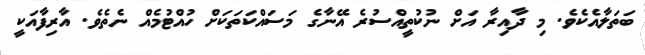
ބަތަލާއެކެވެ. މި ދާއިރާ އަށް ނުކުތީއްސުރެ އޭނާގެ މަސައްކަތަކަށް ހުއްޓުމެއް ނެތެވެ. އާރިފާއަކީ